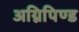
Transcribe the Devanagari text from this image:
अग्निपिण्ड